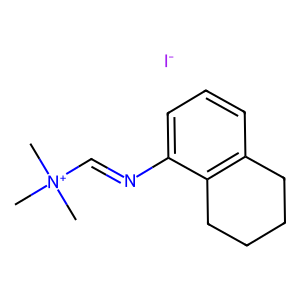
SMILES: C[N+](C)(C)C=Nc1cccc2c1CCCC2.[I-]
Inhibits HIV replication: No